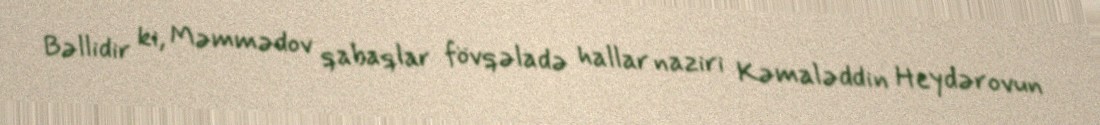
Bəllidir ki, Məmmədov qabaqlar fövqəladə hallar naziri Kəmaləddin Heydərovun